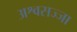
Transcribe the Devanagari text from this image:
अश्वसज्जा